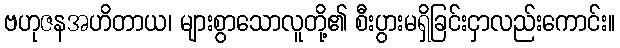
ဗဟုဇနအဟိတာယ၊ များစွာသောလူတို့၏ စီးပွားမရှိခြင်းငှာလည်းကောင်း။